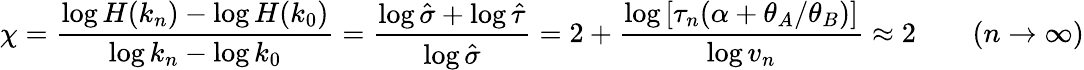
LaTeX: \chi=\frac{\log H(k_{n})-\log H(k_{0})}{\log k_{n}-\log k_{0}}=\frac{\log\hat{\sigma}+\log\hat{\tau}}{\log\hat{\sigma}}=2+\frac{\log\left[\tau_{n}(\alpha+\theta_{A}/\theta_{B})\right]}{\log v_{n}}\approx 2\qquad(n\to\infty)